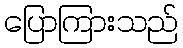
ပြောကြားသည်